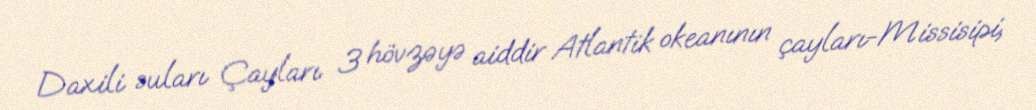
Daxili suları Çayları 3 hövzəyə aiddir Atlantik okeanının çayları-Missisipi,